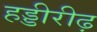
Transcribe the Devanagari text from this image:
हड्डीरीढ़